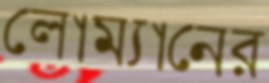
লোম্যানের